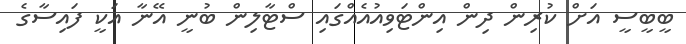
ބީބީސީ އަށް ކުރިން ދިން އިންޓަވިއުއެއްގައި ސްޓާލިން ބުނީ އޭނާ އަކީ ފައިސާގެ